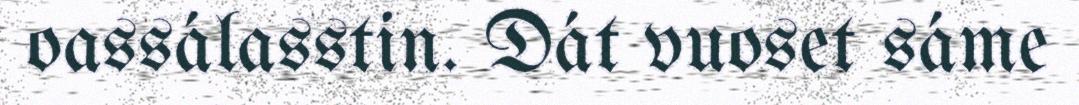
oassálasstin. Dát vuoset sáme